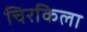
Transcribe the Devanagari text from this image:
चिरकिला